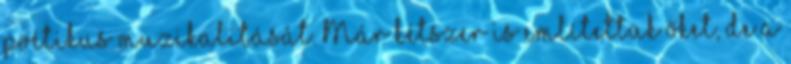
poétikus muzikalitását. Már kétszer is említettük őket, de a